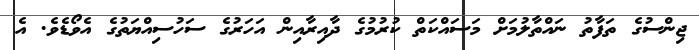
ޖިންސުގެ ތަފާތު ނައްތާލުމަށް މަސައްކަތް ކުރުމުގެ ދާއިރާއިން އަހަރުގެ ސަހުސިއްޔަތުގެ އެވޯޑެވެ. އެ